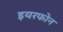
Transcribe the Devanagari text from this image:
इयरफोन